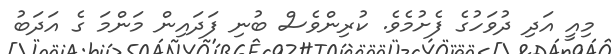
މިއީ އަދި ދުވަހުގެ ފެށުމެވެ. ކުރިންވެސް ބުނި ފަދައިން މަންމަ ގެ އަދަބު